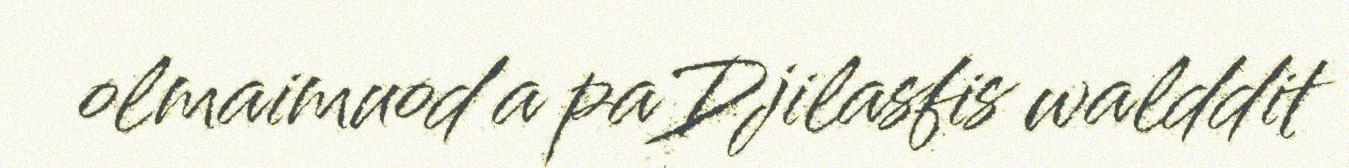
olmaimuod'a paDjilasfis walddit